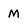
Character: M